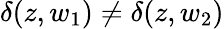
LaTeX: {\delta(z,w_{1})\neq\delta(z,w_{2})}